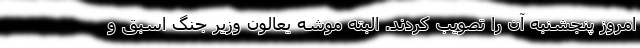
امروز پنجشنبه آن را تصویب کردند. البته موشه یعالون وزیر جنگ اسبق و